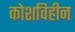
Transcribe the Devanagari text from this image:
कोशविहीन